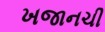
ખજાનચી